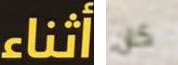
أثناء كان